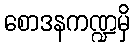
စောဒနကဏ္ဍမှိ